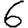
Digit: 6